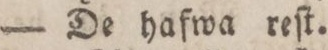
— De hafwa reſt.